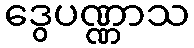
ဒွေပဏ္ဏာသ